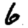
Digit: 6